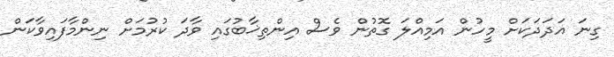
ގިނަ އަދަދަކަށް މީހުން އަމިއްލަ ގޮތުން ވެސް އިންތިޚާބުގައި ވާދަ ކުރުމަށް ނިންމާފައިވާކަން